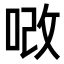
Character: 𠳚